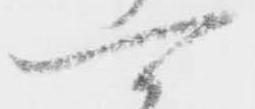
可